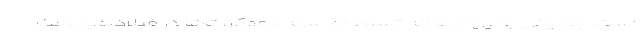
است. جولیانی با این ادعا که تسلط ۶۰ ساله دموکرات‌ها در فیلادلفیا باعث